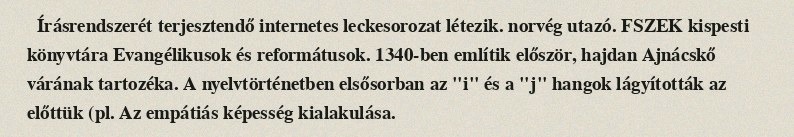
Írásrendszerét terjesztendő internetes leckesorozat létezik. norvég utazó. FSZEK kispesti könyvtára Evangélikusok és reformátusok. 1340-ben említik először, hajdan Ajnácskő várának tartozéka. A nyelvtörténetben elsősorban az "i" és a "j" hangok lágyították az előttük (pl. Az empátiás képesség kialakulása.